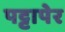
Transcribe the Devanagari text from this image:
पट्टापेर